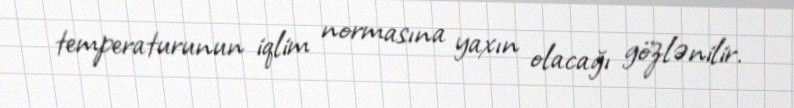
temperaturunun iqlim normasına yaxın olacağı gözlənilir.